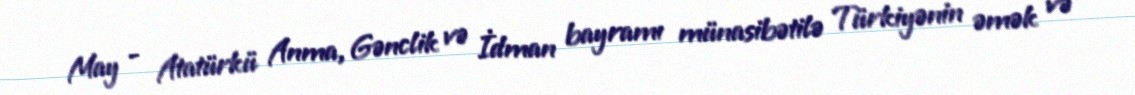
May - Atatürkü Anma, Gənclik və İdman bayramı münasibətilə Türkiyənin əmək və